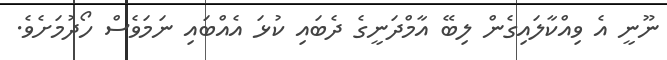
ނޫނީ އެ ވިއްކާލައިގެން ލިބޭ އާމްދަނީގެ ދެބައި ކުޅަ އެއްބައި ނަމަވެސް ހޯދުމަށެވެ.